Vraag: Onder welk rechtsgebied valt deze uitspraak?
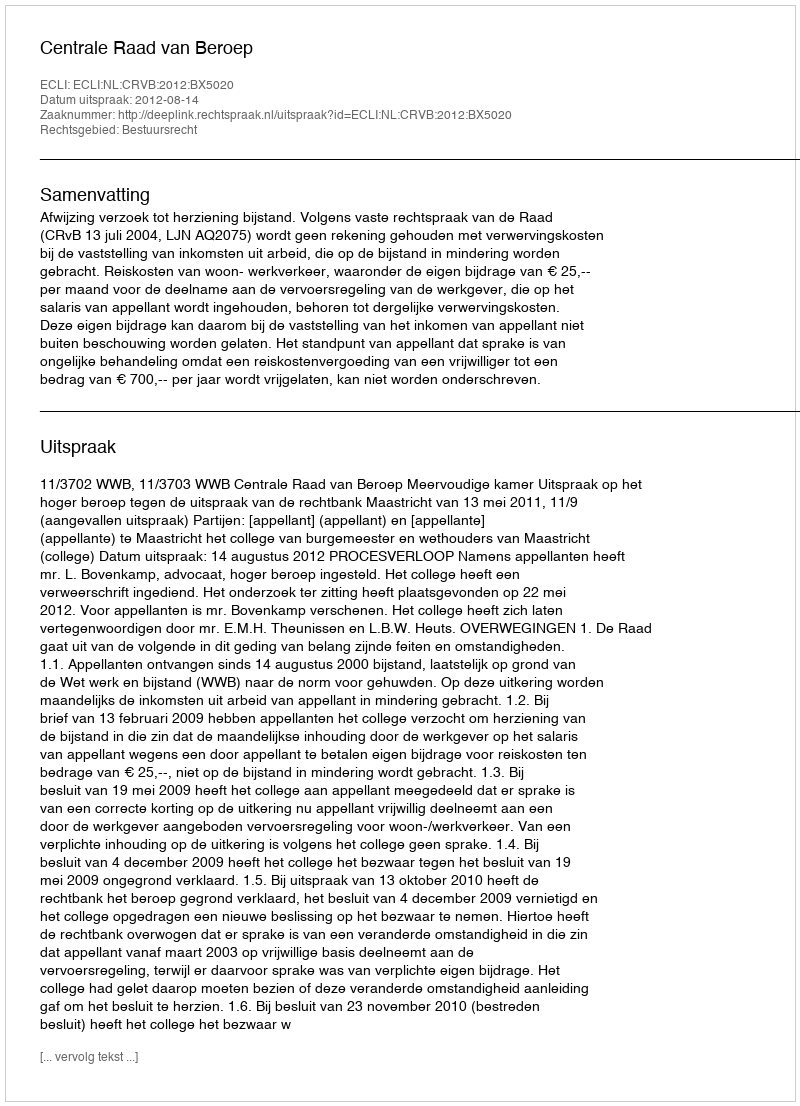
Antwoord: Bestuursrecht